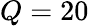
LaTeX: Q=20